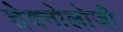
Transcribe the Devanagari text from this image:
तेक्नोलोजी